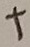
Text: +